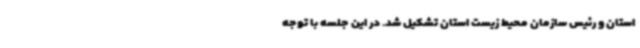
استان و رئیس سازمان محیط زیست استان تشکیل شد. در این جلسه با توجه